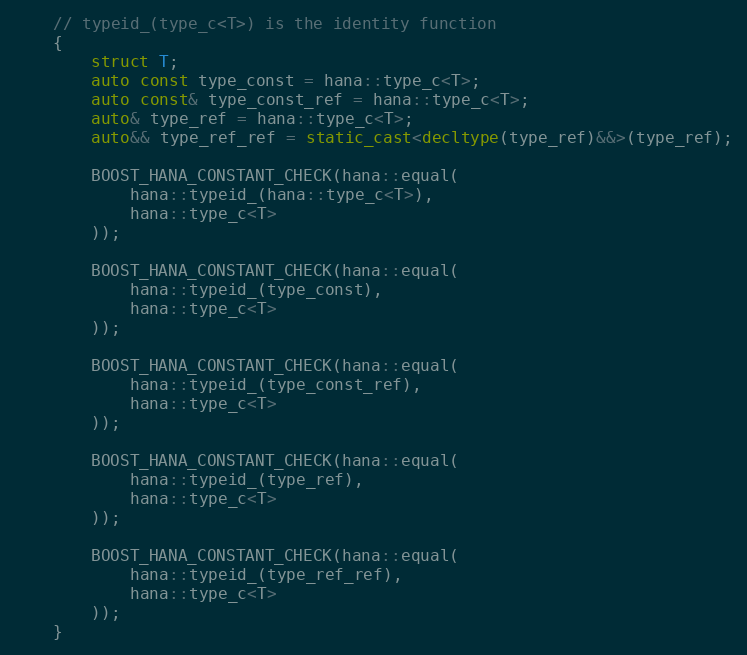
Language: C++
    // typeid_(type_c<T>) is the identity function
    {
        struct T;
        auto const type_const = hana::type_c<T>;
        auto const& type_const_ref = hana::type_c<T>;
        auto& type_ref = hana::type_c<T>;
        auto&& type_ref_ref = static_cast<decltype(type_ref)&&>(type_ref);

        BOOST_HANA_CONSTANT_CHECK(hana::equal(
            hana::typeid_(hana::type_c<T>),
            hana::type_c<T>
        ));

        BOOST_HANA_CONSTANT_CHECK(hana::equal(
            hana::typeid_(type_const),
            hana::type_c<T>
        ));

        BOOST_HANA_CONSTANT_CHECK(hana::equal(
            hana::typeid_(type_const_ref),
            hana::type_c<T>
        ));

        BOOST_HANA_CONSTANT_CHECK(hana::equal(
            hana::typeid_(type_ref),
            hana::type_c<T>
        ));

        BOOST_HANA_CONSTANT_CHECK(hana::equal(
            hana::typeid_(type_ref_ref),
            hana::type_c<T>
        ));
    }